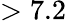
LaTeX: >7.2